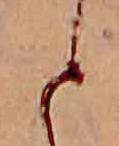
と